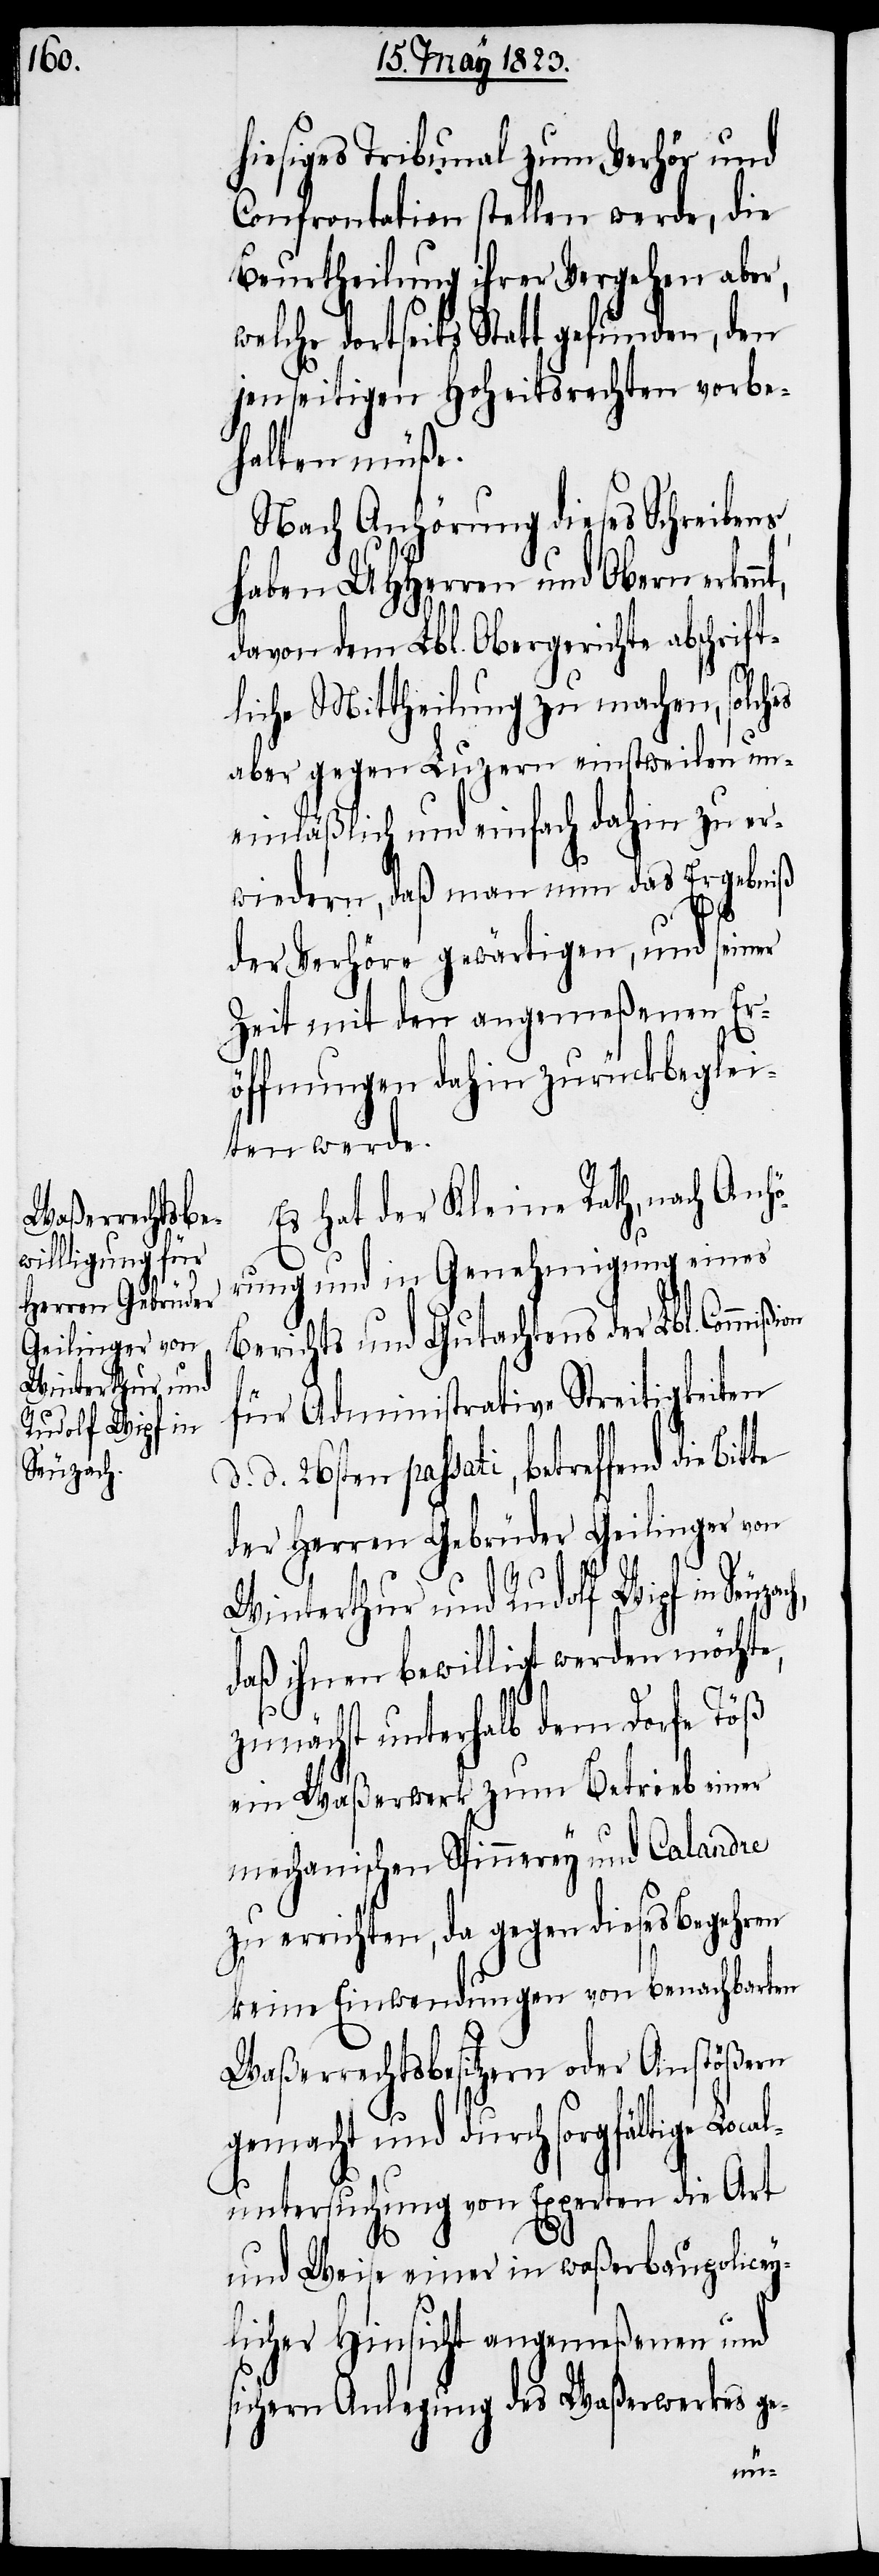
Winterthur und
Rudolf Wipf in
Seuzach,

hiesiges Tribunal zum Verhör und
Confrontation stellen werde, die
Beurtheilung ihrer Vergehen aber,
welche dortseits Statt gefunden, den
jenseitigen Hoheitsrechten vorbe¬
halten müße.
Nach Anhörung dieses Schreibens,
haben UHHerren und Obern erken¬
davon dem Lbl. Obergerichte abschrif¬
tliche Mittheilung zu machen, solches
aber gegen Luzern einstweilen un¬
einläßlich und einfach dahin zu er¬
wiedern, daß man nun das Ergebniß
der Verhöre gewärtigen, und seiner
Zeit mit den angemeßenen Er¬
öffnungen dahin zurückbeglei¬
ten werde.
Es hat der Kleine Rath, nach Anhö¬
rung und in Genehmigung eines
Berichts und Gutachtens der Lbl. Commiß¬
für Administrative Streitigkeiten
d. 26sten passati, betreffend die
der Herren Gebrüder Geilinger von
daß ihnen bewilligt werden möchte,
zunächst unterhalb dem Dorfe Töß
ein Waßerwerk zum Betrieb einer
mechanischen Spinnerey und Calandre
zu errichten, da gegen dieses Begehren
keine Einwendungen von benachbarten
Waßerrechtsbesitzern oder Anstößern
gemacht und durch sorgfältige Loc¬
untersuchung von Experten die Art
al¬
und Weise einer in waßerbaupolicey¬
licher Hinsicht angemeßenen und
sichern Anlegung des Waßerwerkes ge-
ion